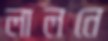
লালনে